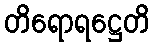
တိရောရဋ္ဌေတိ